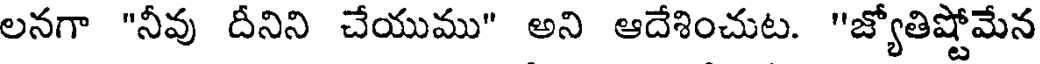
లనగా "నీవు దీనిని చేయుము" అని ఆదేశించుట. "జ్యోతిష్టోమేన